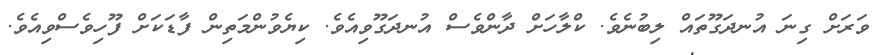
ވަރަށް ގިނަ އުނދަގޫތައް ލިބުނެވެ. ކްލާހަށް ދާންވެސް އުނދަގޫވިއެވެ. ކިޔެވުންމަތިން ފާޑަކަށް ފޫހިވެސްވިއެވެ.